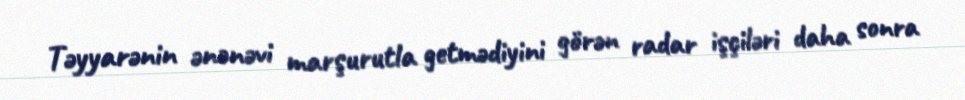
Təyyarənin ənənəvi marşurutla getmədiyini görən radar işçiləri daha sonra